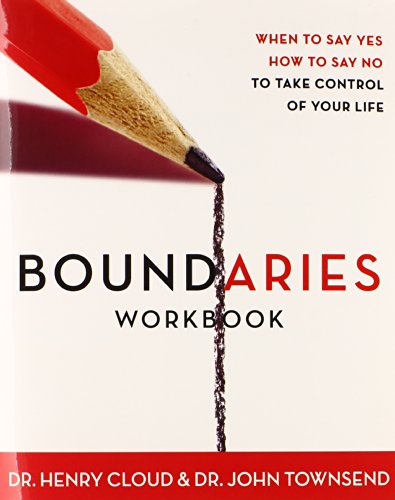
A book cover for Boundaries Workbook: When to Say Yes When to Say No To Take Control of Your Life; Henry Cloud; Christian Books & Bibles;